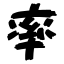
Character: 率